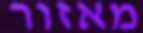
מאזור